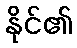
နိုင်၏